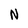
Character: N